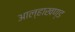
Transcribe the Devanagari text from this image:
आल्हाखण्ड